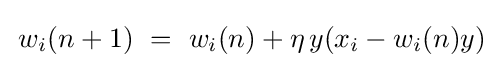
\,w_{i}(n+1)~=~w_{i}(n)+\eta \,y(x_{i}-w_{i}(n)y)